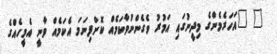
" "އަހަރެމެންގެ މިދީނުގައި އަމުރު ވެގެންނުވާކަމެއް ކޮށްފިނަމަ އެކަމެއް ވާނީ އެމީހެއްގެ